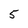
Character: 5